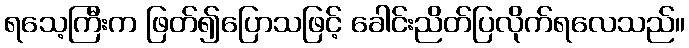
ရသေ့ကြီးက ဖြတ်၍ပြောသဖြင့် ခေါင်းညိတ်ပြလိုက်ရလေသည်။